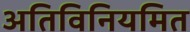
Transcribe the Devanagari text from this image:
अतिविनियमित